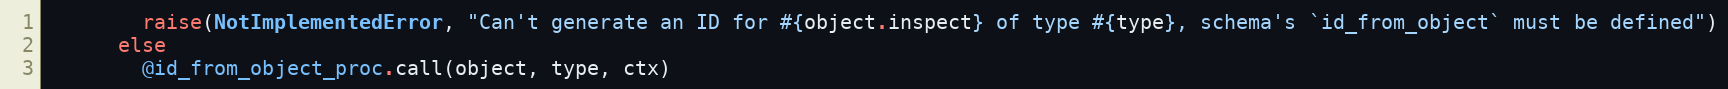
Language: Ruby
        raise(NotImplementedError, "Can't generate an ID for #{object.inspect} of type #{type}, schema's `id_from_object` must be defined")
      else
        @id_from_object_proc.call(object, type, ctx)